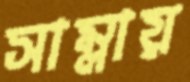
সাম্‌লায়